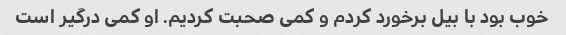
خوب بود با بیل برخورد کردم و کمی صحبت کردیم. او کمی درگیر است